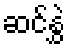
ဆင်နွှဲ